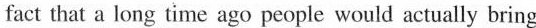
fact that a long time ago people would actually bring